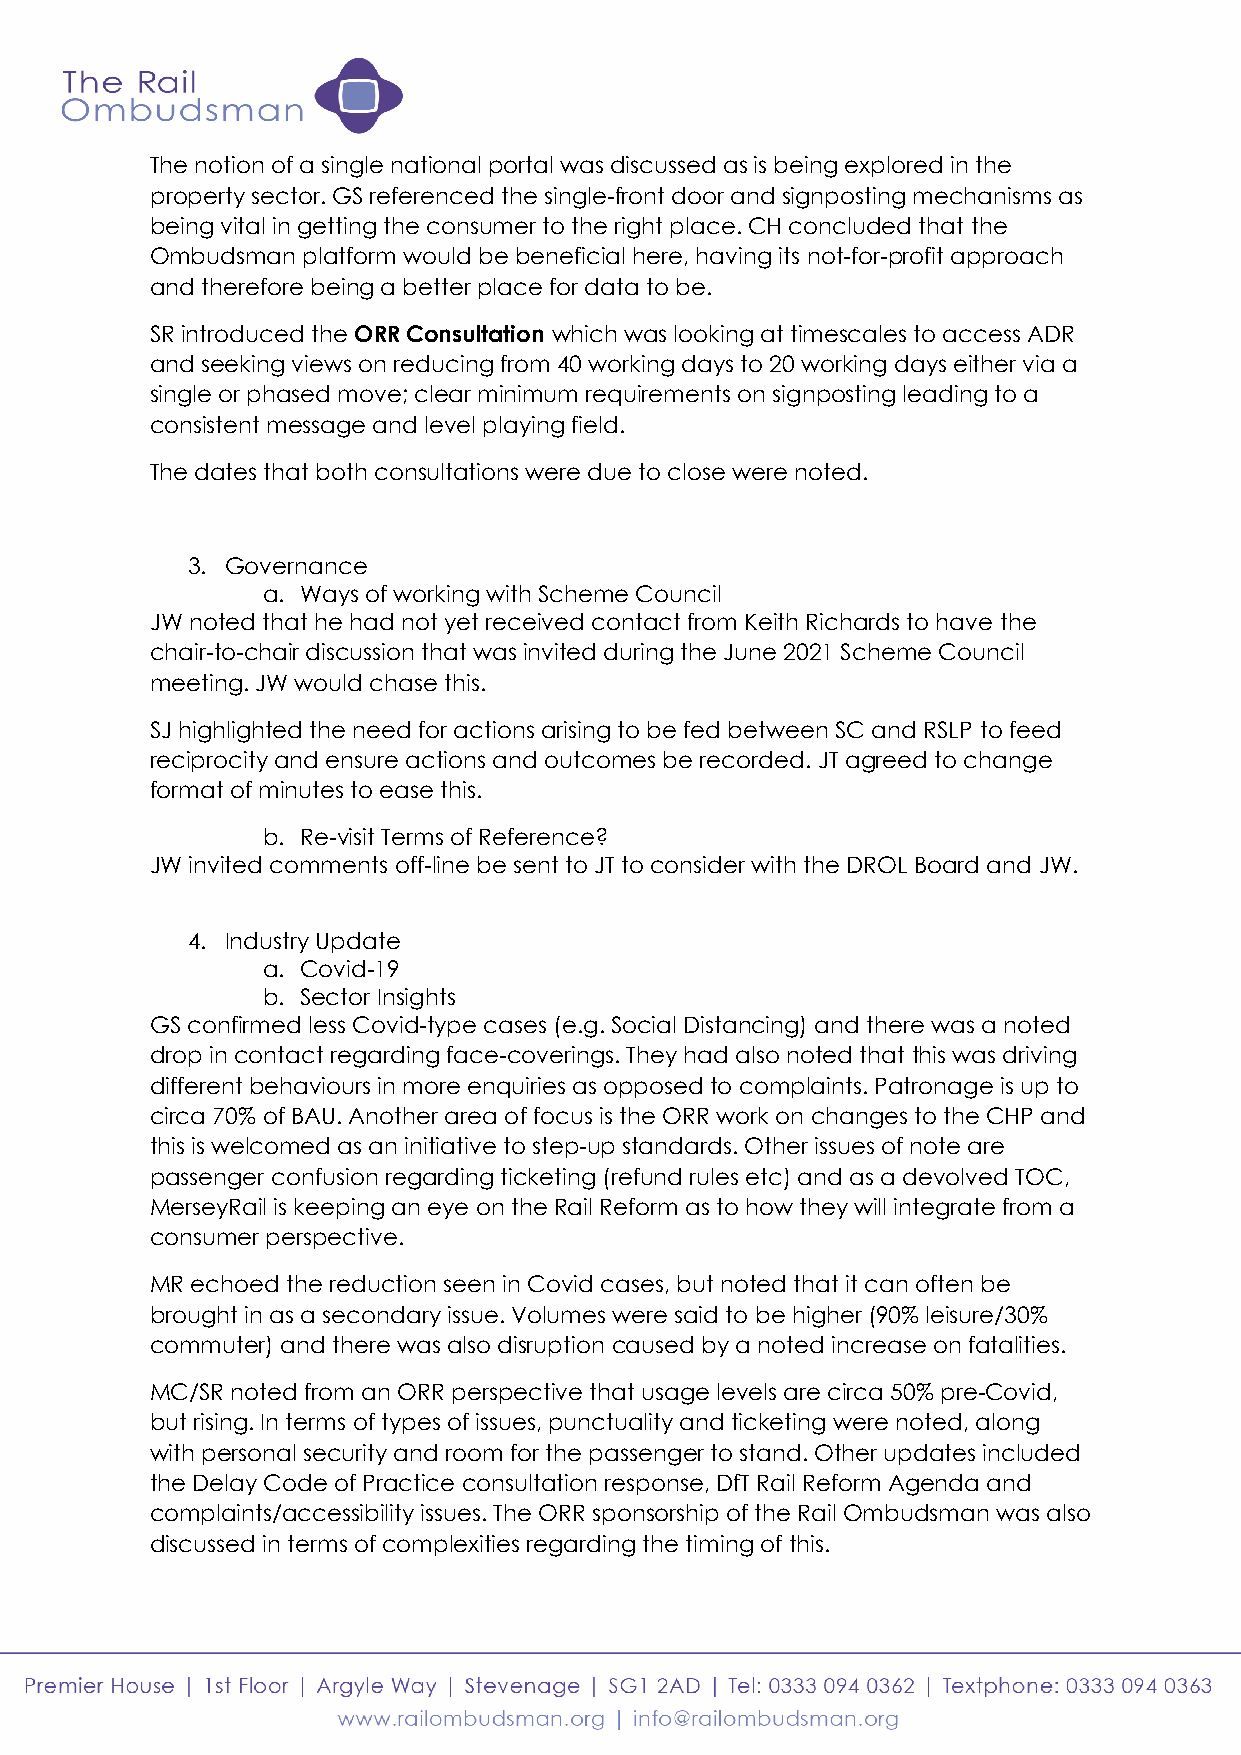
The notion of a single national portal was discussed as is being explored in the
 property sector. GS referenced the single-front door and signposting mechanisms as
 being vital in getting the consumer to the right place. CH concluded that the
 Ombudsman platform would be beneficial here, having its not-for-profit approach
 and therefore being a better place for data to be.
 SR introduced the ORR Consultation which was looking at timescales to access ADR
 and seeking views on reducing from 40 working days to 20 working days either via a
 single or phased move; clear minimum requirements on signposting leading to a
 consistent message and level playing field.
 The dates that both consultations were due to close were noted.
 3. Governance
 a. Ways of working with Scheme Council
 JW noted that he had not yet received contact from Keith Richards to have the
 chair-to-chair discussion that was invited during the June 2021 Scheme Council
 meeting. JW would chase this.
 SJ highlighted the need for actions arising to be fed between SC and RSLP to feed
 reciprocity and ensure actions and outcomes be recorded. JT agreed to change
 format of minutes to ease this.
 b. Re-visit Terms of Reference?
 JW invited comments off-line be sent to JT to consider with the DROL Board and JW.
 4. Industry Update
 a. Covid-19
 b. Sector Insights
 GS confirmed less Covid-type cases (e.g. Social Distancing) and there was a noted
 drop in contact regarding face-coverings. They had also noted that this was driving
 different behaviours in more enquiries as opposed to complaints. Patronage is up to
 circa 70% of BAU. Another area of focus is the ORR work on changes to the CHP and
 this is welcomed as an initiative to step-up standards. Other issues of note are
 passenger confusion regarding ticketing (refund rules etc) and as a devolved TOC,
 MerseyRail is keeping an eye on the Rail Reform as to how they will integrate from a
 consumer perspective.
 MR echoed the reduction seen in Covid cases, but noted that it can often be
 brought in as a secondary issue. Volumes were said to be higher (90% leisure/30%
 commuter) and there was also disruption caused by a noted increase on fatalities.
 MC/SR noted from an ORR perspective that usage levels are circa 50% pre-Covid,
 but rising. In terms of types of issues, punctuality and ticketing were noted, along
 with personal security and room for the passenger to stand. Other updates included
 the Delay Code of Practice consultation response, DfT Rail Reform Agenda and
 complaints/accessibility issues. The ORR sponsorship of the Rail Ombudsman was also
 discussed in terms of complexities regarding the timing of this.